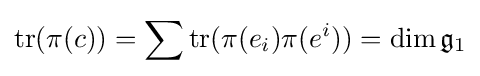
\operatorname {tr} (\pi (c))=\sum \operatorname {tr} (\pi (e_{i})\pi (e^{i}))=\dim {\mathfrak {g}}_{1}